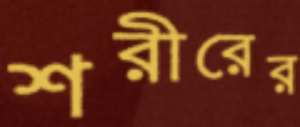
শরীরের